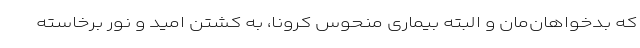
که بدخواهان‌مان و البته بیماری منحوس کرونا، به کشتن امید و نور برخاسته